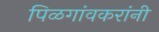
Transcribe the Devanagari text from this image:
पिळगांवकरांनी